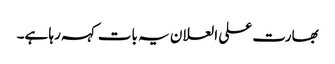
بھارت علی العلان یہ بات کہہ رہا ہے۔